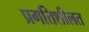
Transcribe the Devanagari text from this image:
प्रगतिशीलत